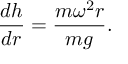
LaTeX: { \frac { d h } { d r } } = { \frac { m \omega ^ { 2 } r } { m g } } .